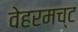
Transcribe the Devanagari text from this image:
वेहरमच्ट